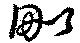
毘